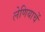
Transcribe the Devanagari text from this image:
लेणियाचें